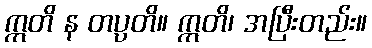
ဣတိ န တပ္ပတိ။ ဣတိ၊ အပြီးတည်း။